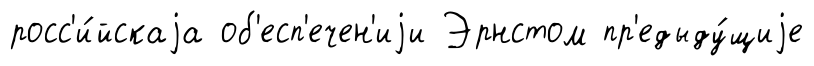
росс'и́йскаjа об'есп'ечен'иjи Эрнстом пр'едыду́щиjе